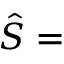
{ \hat { S } } = { }